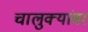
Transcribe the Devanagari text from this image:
चालुक्यांवर